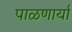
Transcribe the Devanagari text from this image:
पाळणार्या